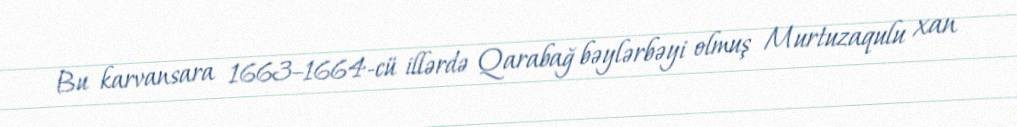
Bu karvansara 1663–1664-cü illərdə Qarabağ bəylərbəyi olmuş Murtuzaqulu xan